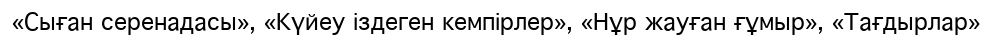
«Сыған серенадасы», «Күйеу іздеген кемпірлер», «Нұр жауған ғұмыр», «Тағдырлар»